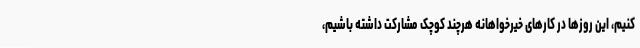
کنیم، این روزها در کارهای خیرخواهانه هرچند کوچک مشارکت داشته باشیم،